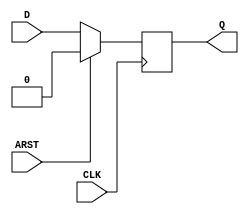
// This program was cloned from: https://github.com/Digital-EDA/Digital-IDE
// License: MIT License

(* techmap_celltype = "$adff" *)
module adff2dff (CLK, ARST, D, Q);
	parameter WIDTH = 1;
	parameter CLK_POLARITY = 1;
	parameter ARST_POLARITY = 1;
	parameter ARST_VALUE = 0;

	input CLK, ARST;
	(* force_downto *)
	input [WIDTH-1:0] D;
	(* force_downto *)
	output reg [WIDTH-1:0] Q;
	(* force_downto *)
	reg [WIDTH-1:0] NEXT_Q;

	wire [1023:0] _TECHMAP_DO_ = "proc;;";

	always @*
		if (ARST == ARST_POLARITY)
			NEXT_Q <= ARST_VALUE;
		else
			NEXT_Q <= D;

	if (CLK_POLARITY)
		always @(posedge CLK)
			Q <= NEXT_Q;
	else
		always @(negedge CLK)
			Q <= NEXT_Q;
endmodule